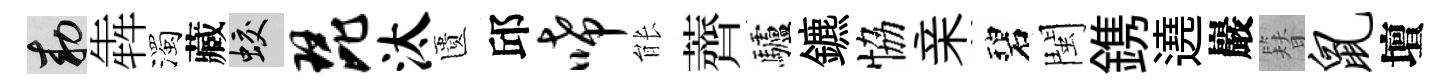
敕犇濁藏蛟琵汰匱邱唏䏻薺驢鑣恊亲碧閩鎸遶巖簪鼠壇